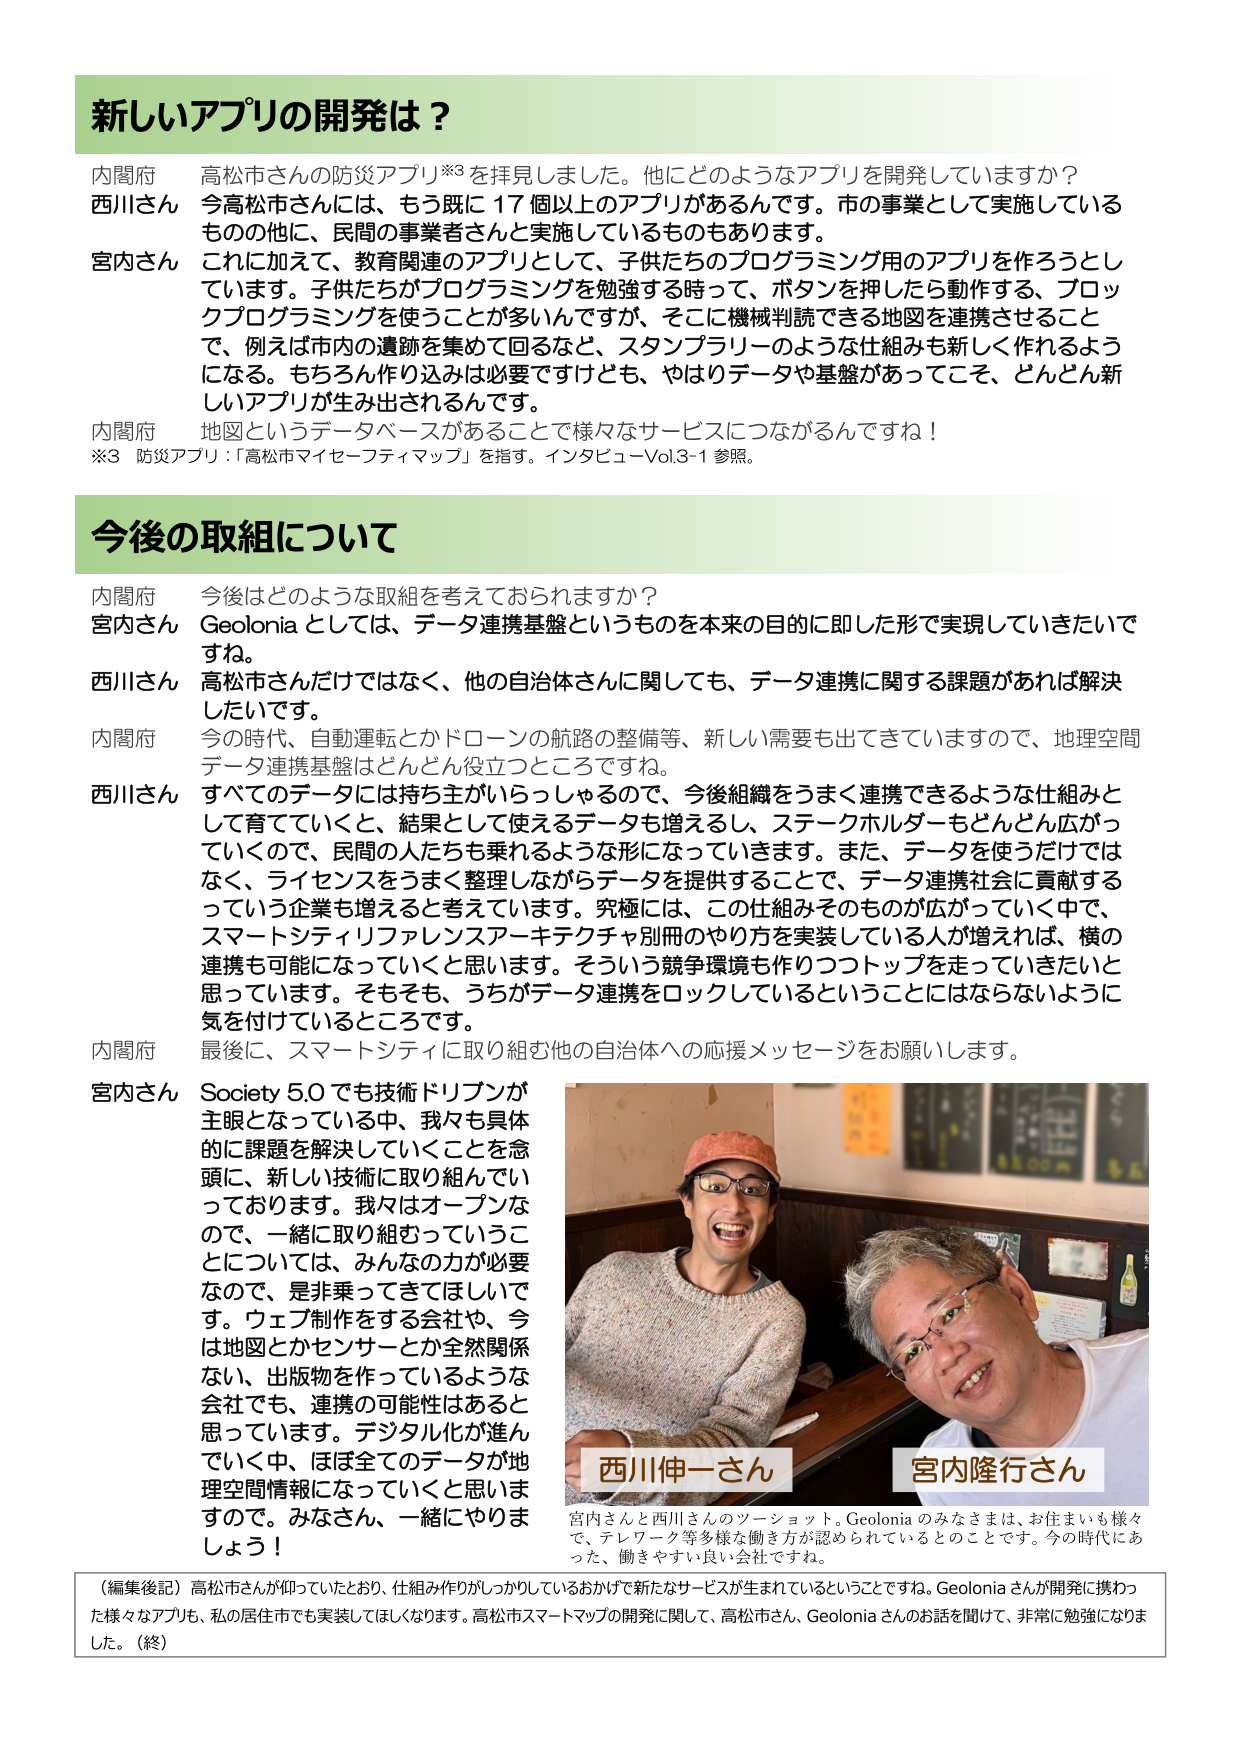
新しいアプリの開発は？

内閣府　高松市さんの防災アプリ※3を拝見しました。他にどのようなアプリを開発していますか？
西川さん　今高松市さんには、もう既に17個以上のアプリがあるんです。市の事業として実施しているものの中に、民間の事業者さんと実施しているものもあります。
宮内さん　これに加えて、教育関連のアプリとして、子供たちのプログラミング用のアプリを作ろうとしています。子供たちがプログラミングを勉強する時って、ボタンを押したら動作する、ブロックプログラミングを使うことが多くんですが、そこに機械判読できる地図を連携させることで、例えば市内の遺跡を集めて回るなど、スタンプラリーのような仕組みも新しく作れるようになる。もちろん作り込みは必要ですけども、やはりデータや基盤があってこそ、どんどん新しいアプリが生み出されるんです。
内閣府　地図というデータベースがあることで様々なサービスにつながるんですね！
※3　防災アプリ：「高松市マイセーフティマップ」を指す。インタビューVol.3-1参照。

今後の取組について

内閣府　今後はどのような取組を考えておられますか？
宮内さん　Geoloniaとしては、データ連携基盤というものを本来の目的に即した形で実現していきたいです。
西川さん　高松市さんだけではなく、他の自治体さんに関しても、データ連携に関する課題があれば解決したいです。
内閣府　今の時代、自動運転とかドローンの航路の整備等、新しい需要も出てきていますので、地理空間データ連携基盤はどんどん役立つところです。
西川さん　すべてのデータは持ち主がいらっしゃるので、今後組織をうまく連携できるような仕組みとして育てていくと、結果として使えるデータも増えるし、ステークホルダーもどんどん広がっていくので、民間の人たちも乗れるような形になっていきます。また、データを使うだけではなく、ライセンスをうまく整理しながらデータを提供することで、データ連携社会に貢献するっていう企業も増えると考えています。究極には、この仕組みそのものが広がっていく中で、スマートシティリファレンスアーキテクチャ別冊のやり方を実装している人が増えれば、横の連携も可能になっていくと思います。そういう競争環境も作りつつトップを走っていきたいと思っています。そもそも、うちがデータ連携をロックしているということにはならないように気を付けているところです。
内閣府　最後に、スマートシティに取り組む他の自治体への応援メッセージをお願いします。
宮内さん　Society 5.0でも技術ドリブンが主眼となっている中、我々も具体的に課題を解決していくことを念頭に、新しい技術に取り組んでいっております。我々はオープンなので、一緒に取り組むということについては、みんなの力が必要なので、是非乗ってきてほしいです。ウェブ制作をする会社や、今は地図とかセンサーとか全然関係ない、出版物を作っているような会社でも、連携の可能性はあると思っています。デジタル化が進んでいく中、ほぼ全てのデータが地理空間情報になっていくと思いますので、みなさん、一緒にやりましょう！

西川伸一さん　宮内隆行さん

宮内さんと西川さんのツーショット。Geoloniaのみなさまは、お住まいも様々で、テレワーク等多様な働き方が認められているとのことです。今の時代にあった、働きやすい良い会社ですね。

（編集後記）高松市さんが仰っていたとおり、仕組み作りがしっかりしているおかげで新たなサービスが生まれているということですね。Geoloniaさんが開発に携わった様々なアプリも、私の居住市でも実装してほしくなります。高松市スマートマップの開発に関して、高松市さん、Geoloniaさんのお話を聞いて、非常に勉強になりました。（終）